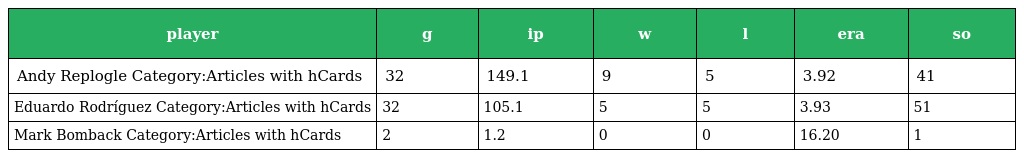
| player | g | ip | w | l | era | so |
 | --- | --- | --- | --- | --- | --- | --- |
 | Andy Replogle Category:Articles with hCards | 32 | 149.1 | 9 | 5 | 3.92 | 41 |
 | Eduardo Rodríguez Category:Articles with hCards | 32 | 105.1 | 5 | 5 | 3.93 | 51 |
 | Mark Bomback Category:Articles with hCards | 2 | 1.2 | 0 | 0 | 16.20 | 1 |